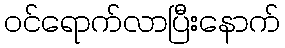
ဝင်ရောက်လာပြီးနောက်